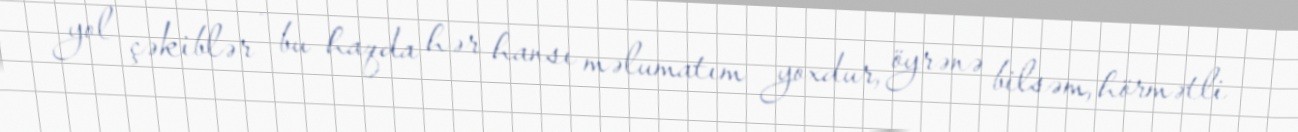
yol çəkiblər - bu haqda hər hansı məlumatım yoxdur, öyrənə bilsəm, hörmətli